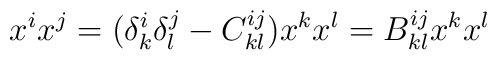
x^ix^j=(\delta ^i_k \delta ^j_l-C^{ij}_{kl})x^kx^l=B^{ij}_{kl}x^kx^l